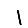
Digit: 1